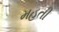
મહતી